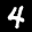
Label: 4